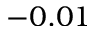
- 0 . 0 1